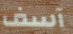
آسف